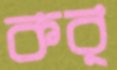
কর্